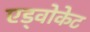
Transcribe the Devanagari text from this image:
एड्वोकेट